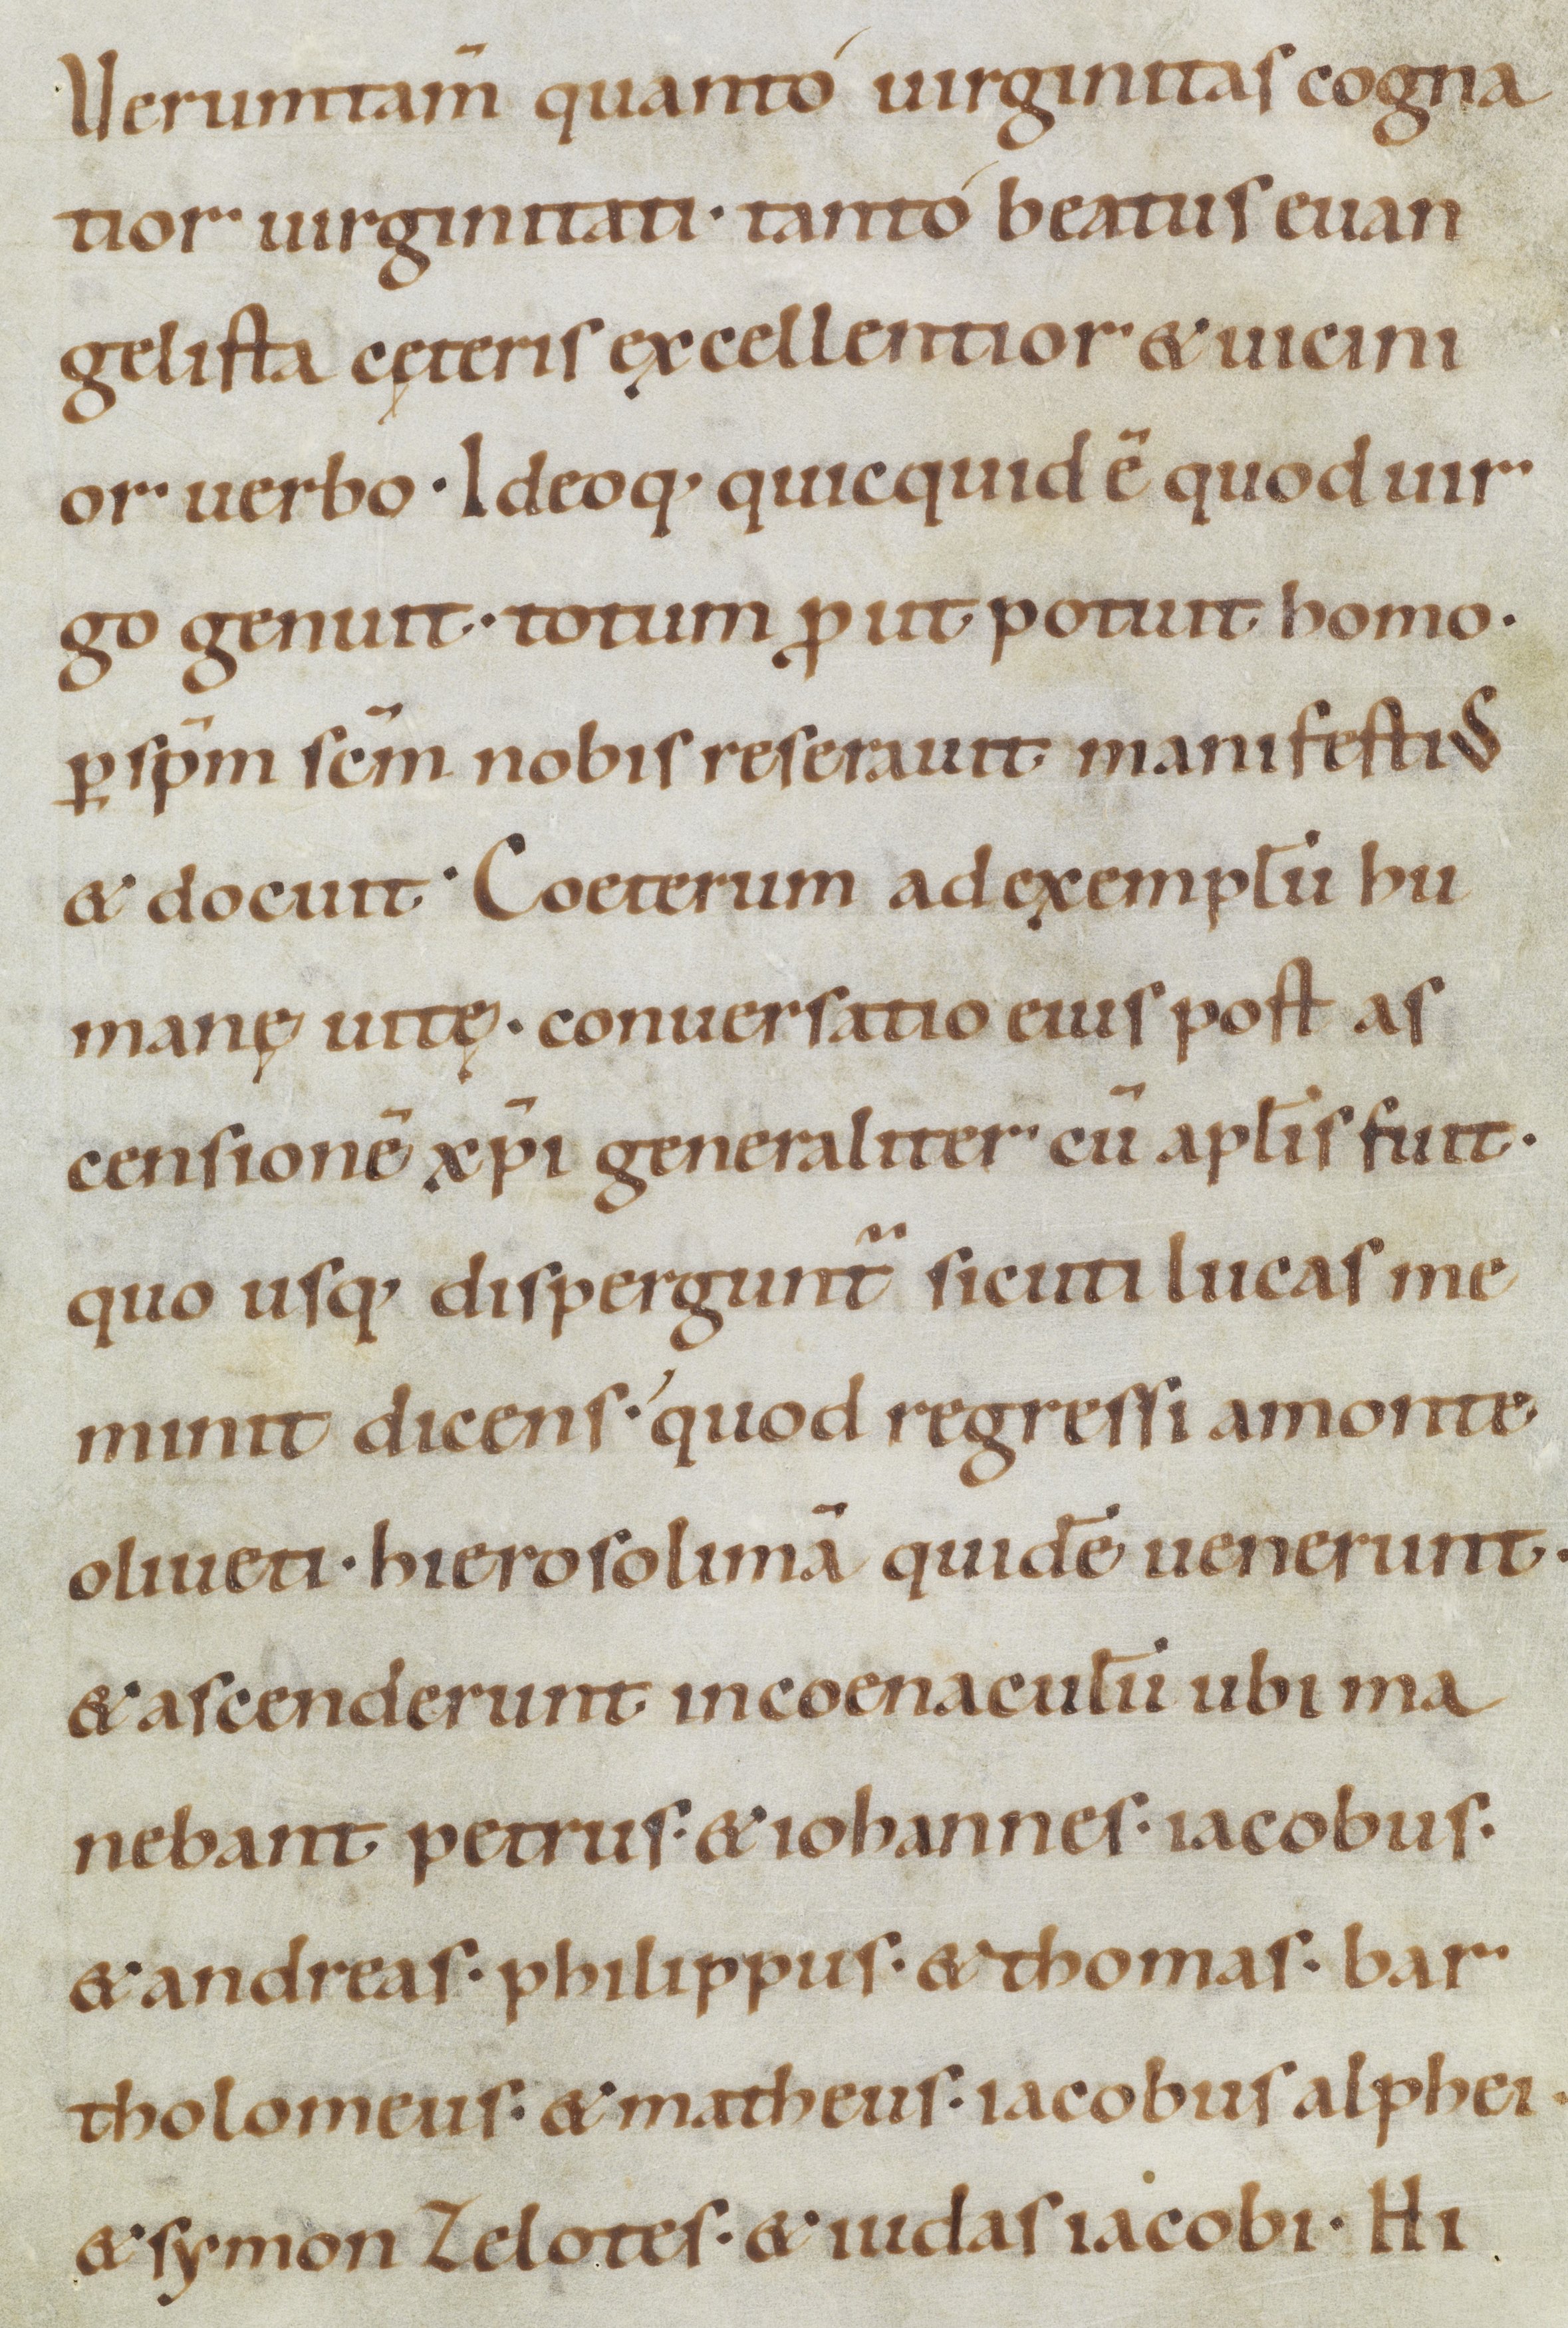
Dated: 1100–1199